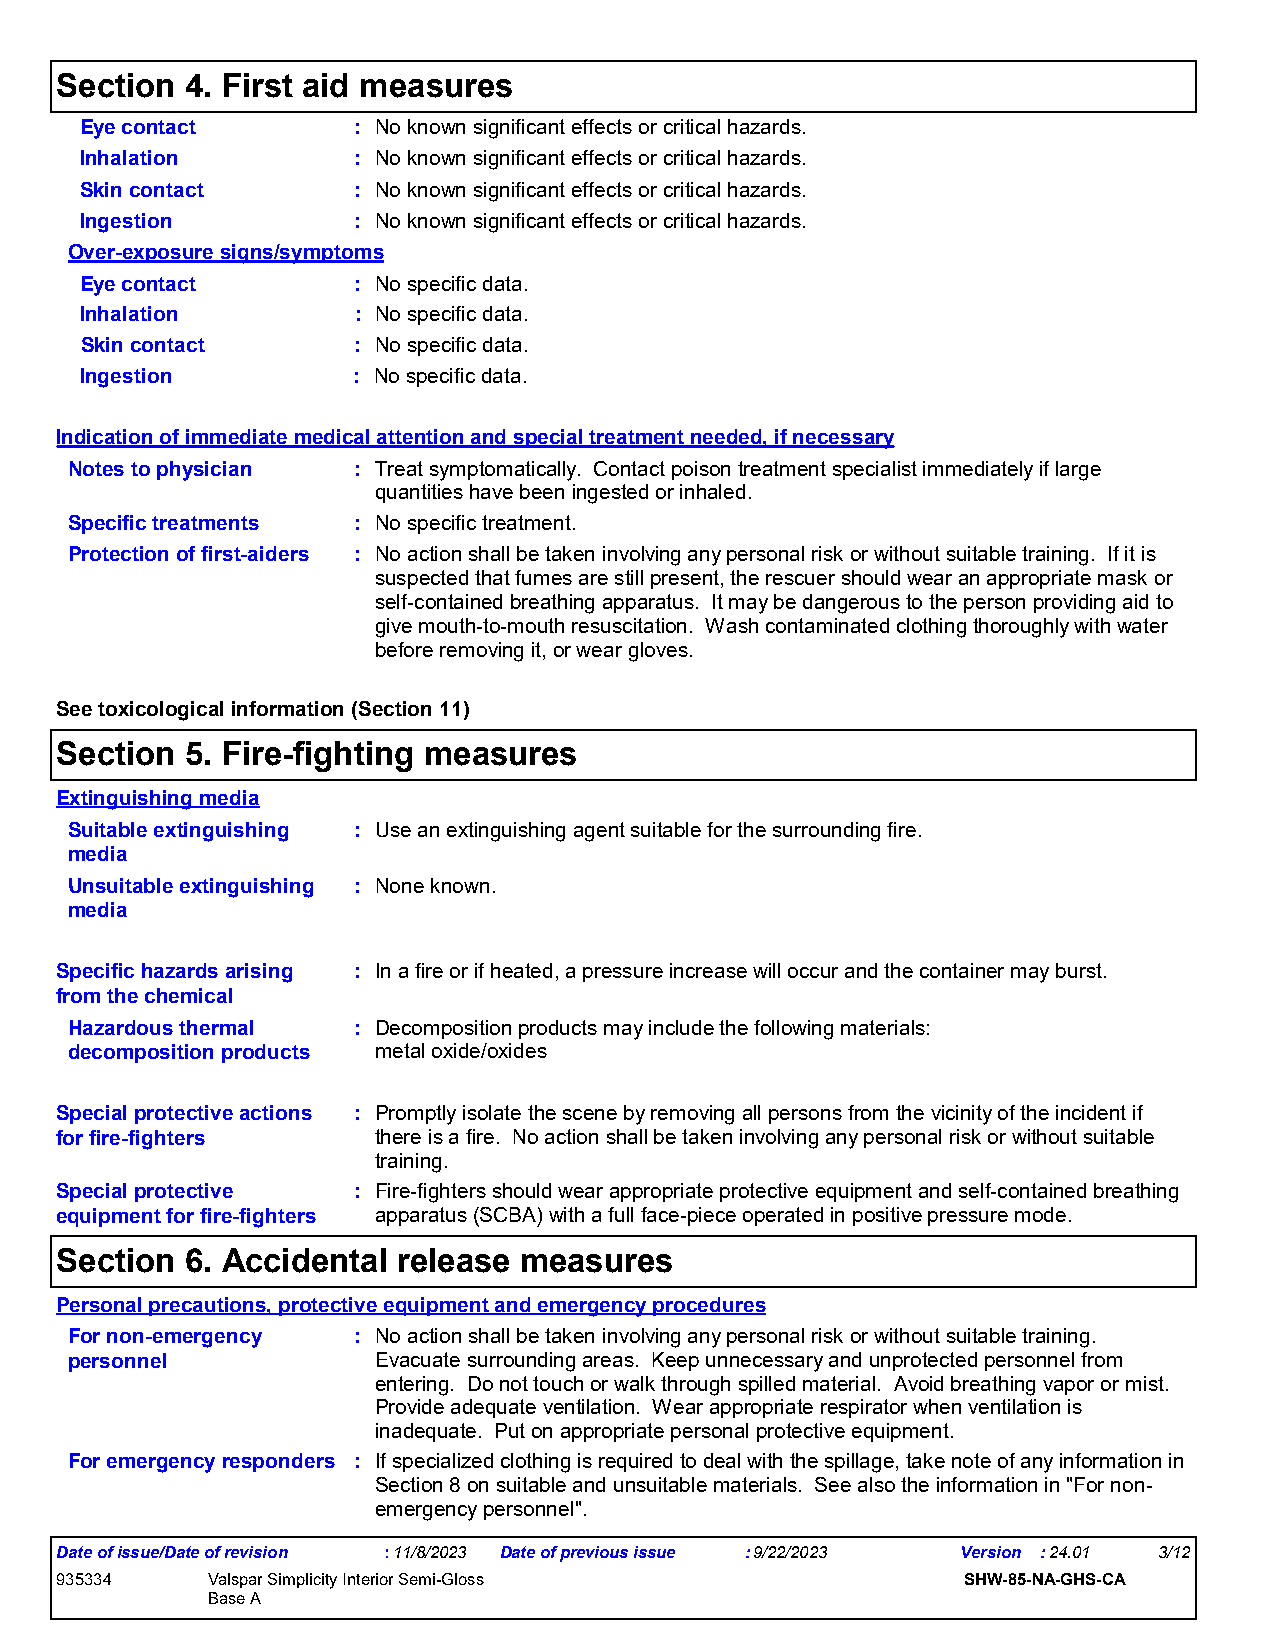
Section 4. First aid measures
 Eye contact       : No known significant effects or critical hazards.
 Inhalation        : No known significant effects or critical hazards.
 Skin contact      : No known significant effects or critical hazards.
 Ingestion         : No known significant effects or critical hazards.
 Over-exposure signs/symptoms
 Eye contact       : No specific data.
 Inhalation        : No specific data.
 Skin contact      : No specific data.
 Ingestion         : No specific data.
 Indication of immediate medical attention and special treatment needed, if necessary
 Notes to physician : Treat symptomatically. Contact poison treatment specialist immediately if large
 quantities have been ingested or inhaled.
 Specific treatments : No specific treatment.
 Protection of first-aiders : No action shall be taken involving any personal risk or without suitable training. If it is
 suspected that fumes are still present, the rescuer should wear an appropriate mask or
 self-contained breathing apparatus. It may be dangerous to the person providing aid to
 give mouth-to-mouth resuscitation. Wash contaminated clothing thoroughly with water
 before removing it, or wear gloves.
 See toxicological information (Section 11)
 Section 5. Fire-fighting measures
 Extinguishing media
 Suitable extinguishing : Use an extinguishing agent suitable for the surrounding fire.
 media
 Unsuitable extinguishing : None known.
 media
 Specific hazards arising : In a fire or if heated, a pressure increase will occur and the container may burst.
 from the chemical
 Hazardous thermal : Decomposition products may include the following materials:
 decomposition products metal oxide/oxides
 Special protective actions : Promptly isolate the scene by removing all persons from the vicinity of the incident if
 for fire-fighters    there is a fire. No action shall be taken involving any personal risk or without suitable
 training.
 Special protective : Fire-fighters should wear appropriate protective equipment and self-contained breathing
 equipment for fire-fighters apparatus (SCBA) with a full face-piece operated in positive pressure mode.
 Section 6. Accidental release measures
 Personal precautions, protective equipment and emergency procedures
 For non-emergency : No action shall be taken involving any personal risk or without suitable training.
 personnel           Evacuate surrounding areas. Keep unnecessary and unprotected personnel from
 entering. Do not touch or walk through spilled material. Avoid breathing vapor or mist.
 Provide adequate ventilation. Wear appropriate respirator when ventilation is
 inadequate. Put on appropriate personal protective equipment.
 For emergency responders : If specialized clothing is required to deal with the spillage, take note of any information in
 Section 8 on suitable and unsuitable materials. See also the information in "For non-
 emergency personnel".
 Date of issue/Date of revision :11/8/2023 Date of previous issue :9/22/2023 Version :24.01 3/12
 935334    Valspar Simplicity Interior Semi-Gloss            SHW-85-NA-GHS-CA
 Base A